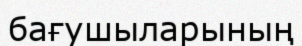
бағушыларының